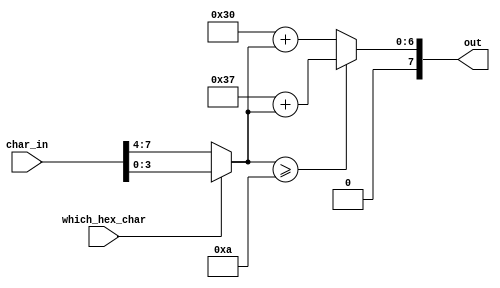
module character_encoder(
	input [7:0] char_in,
	input which_hex_char,
	
	output [7:0] out
);

//This module just hex-encodes an input character
wire [3:0] bin = (which_hex_char) ? char_in[3:0] : char_in[7:4];

assign out = (bin >= 4'hA) ? (8'h37 + bin) : (8'h30 + bin);

endmodule